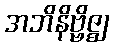
အဘိနိဗ္ဗိဇ္ဈ